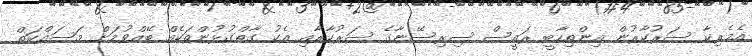
އެމެރިކާ ސަރުކާރުން އިންތިހާބީ ރައީސް ސިރިސޭނާގެ ސަރުކާރާއި އެކު ގާތްގުޅުންތަކެއް ބޭއްވުމަށް މަސައްކަތް